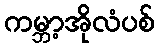
ကမ္ဘာ့အိုလံပစ်